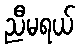
ညီမရယ်